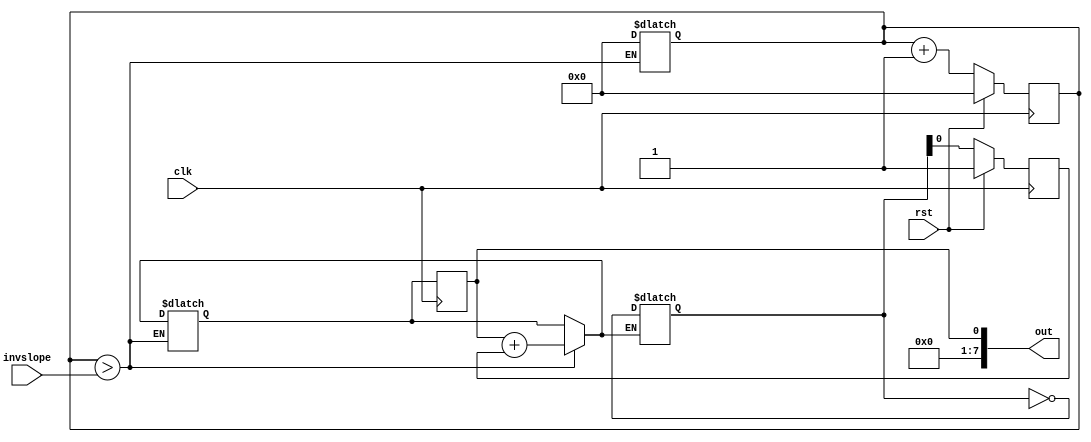
module triangle #(parameter CTR_SIZE = 8) (
    input  clk,
    input  rst,
    input  [CTR_SIZE-1:0] invslope,
    output [CTR_SIZE-1:0] out
    );

reg out_d, out_q;
reg [CTR_SIZE-1:0] ctr_d, ctr_q;
reg [CTR_SIZE-1:0] dir_d, dir_q;

assign out = out_q;

always@(ctr_q) begin
    ctr_d = ctr_q + 1'b1;
end

always@(*) begin
    // step out up/down every invslope ticks
    if (ctr_q > invslope) begin
        out_d = out_q + dir_q;  // inc or dec out
        ctr_q = 1'b0;           // reset ctr
    end
    // reverse diection when out reaches 0 or MAX
    if (out_d == {CTR_SIZE{1'b1}} || out_d == {CTR_SIZE{1'b0}}) begin
        dir_d = ~dir_d;        // invert direction
    end
end

always@(posedge clk) begin
    if (rst) begin
        ctr_q <= 1'b0;
        dir_q <= 1'b1;
    end else begin
        ctr_q <= ctr_d;
        dir_q <= dir_d;
    end
    out_q <= out_d;
end

endmodule